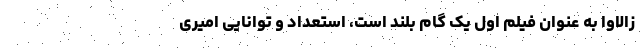
زالاوا به عنوان فیلم اول یک گام بلند است، استعداد و توانایی امیری